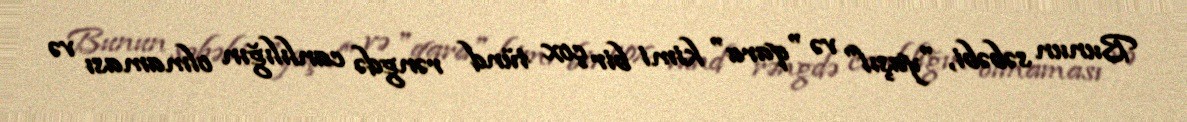
Bunun səbəbi, "yaşıl" və "qara" kimi bir çox tünd rəngdə canlılığın olmaması və